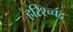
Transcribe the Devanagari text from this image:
हरिश्च्चंद्र